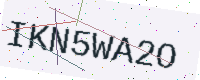
Text: IKN5WA2O